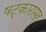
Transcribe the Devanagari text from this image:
षट्‍कारासह